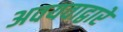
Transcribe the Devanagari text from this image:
अवयवाद्वारे